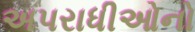
અપરાધીઓનો